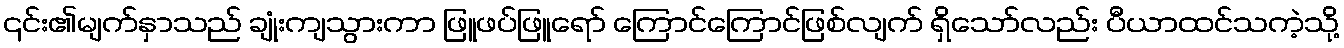
၎င်း၏မျက်နှာသည် ချုံးကျသွားကာ ဖြူဖပ်ဖြူရော် ကြောင်ကြောင်ဖြစ်လျက် ရှိသော်လည်း ပီယာထင်သကဲ့သို့